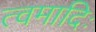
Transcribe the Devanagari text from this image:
त्वमादिः